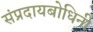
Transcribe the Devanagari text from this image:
संप्रदायबोधिनी